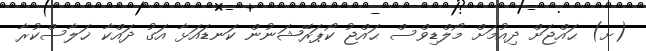
(ށ) ޙައްޖަށް ދިއުމަށް މޯލްޑިވްސް ޙައްޖު ކޯޕަރޭޝަނުން ކަނޑައަޅާ އަގު ދައްކާ ޚަލާސްކުރާ